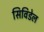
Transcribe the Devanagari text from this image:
सिविडेल